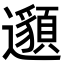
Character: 𨘷